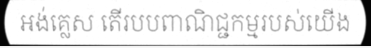
អង់គ្លេស តើរបបពាណិជ្ជកម្មរបស់យើង